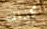
كذلك